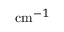
\mathrm { c m } ^ { - 1 }